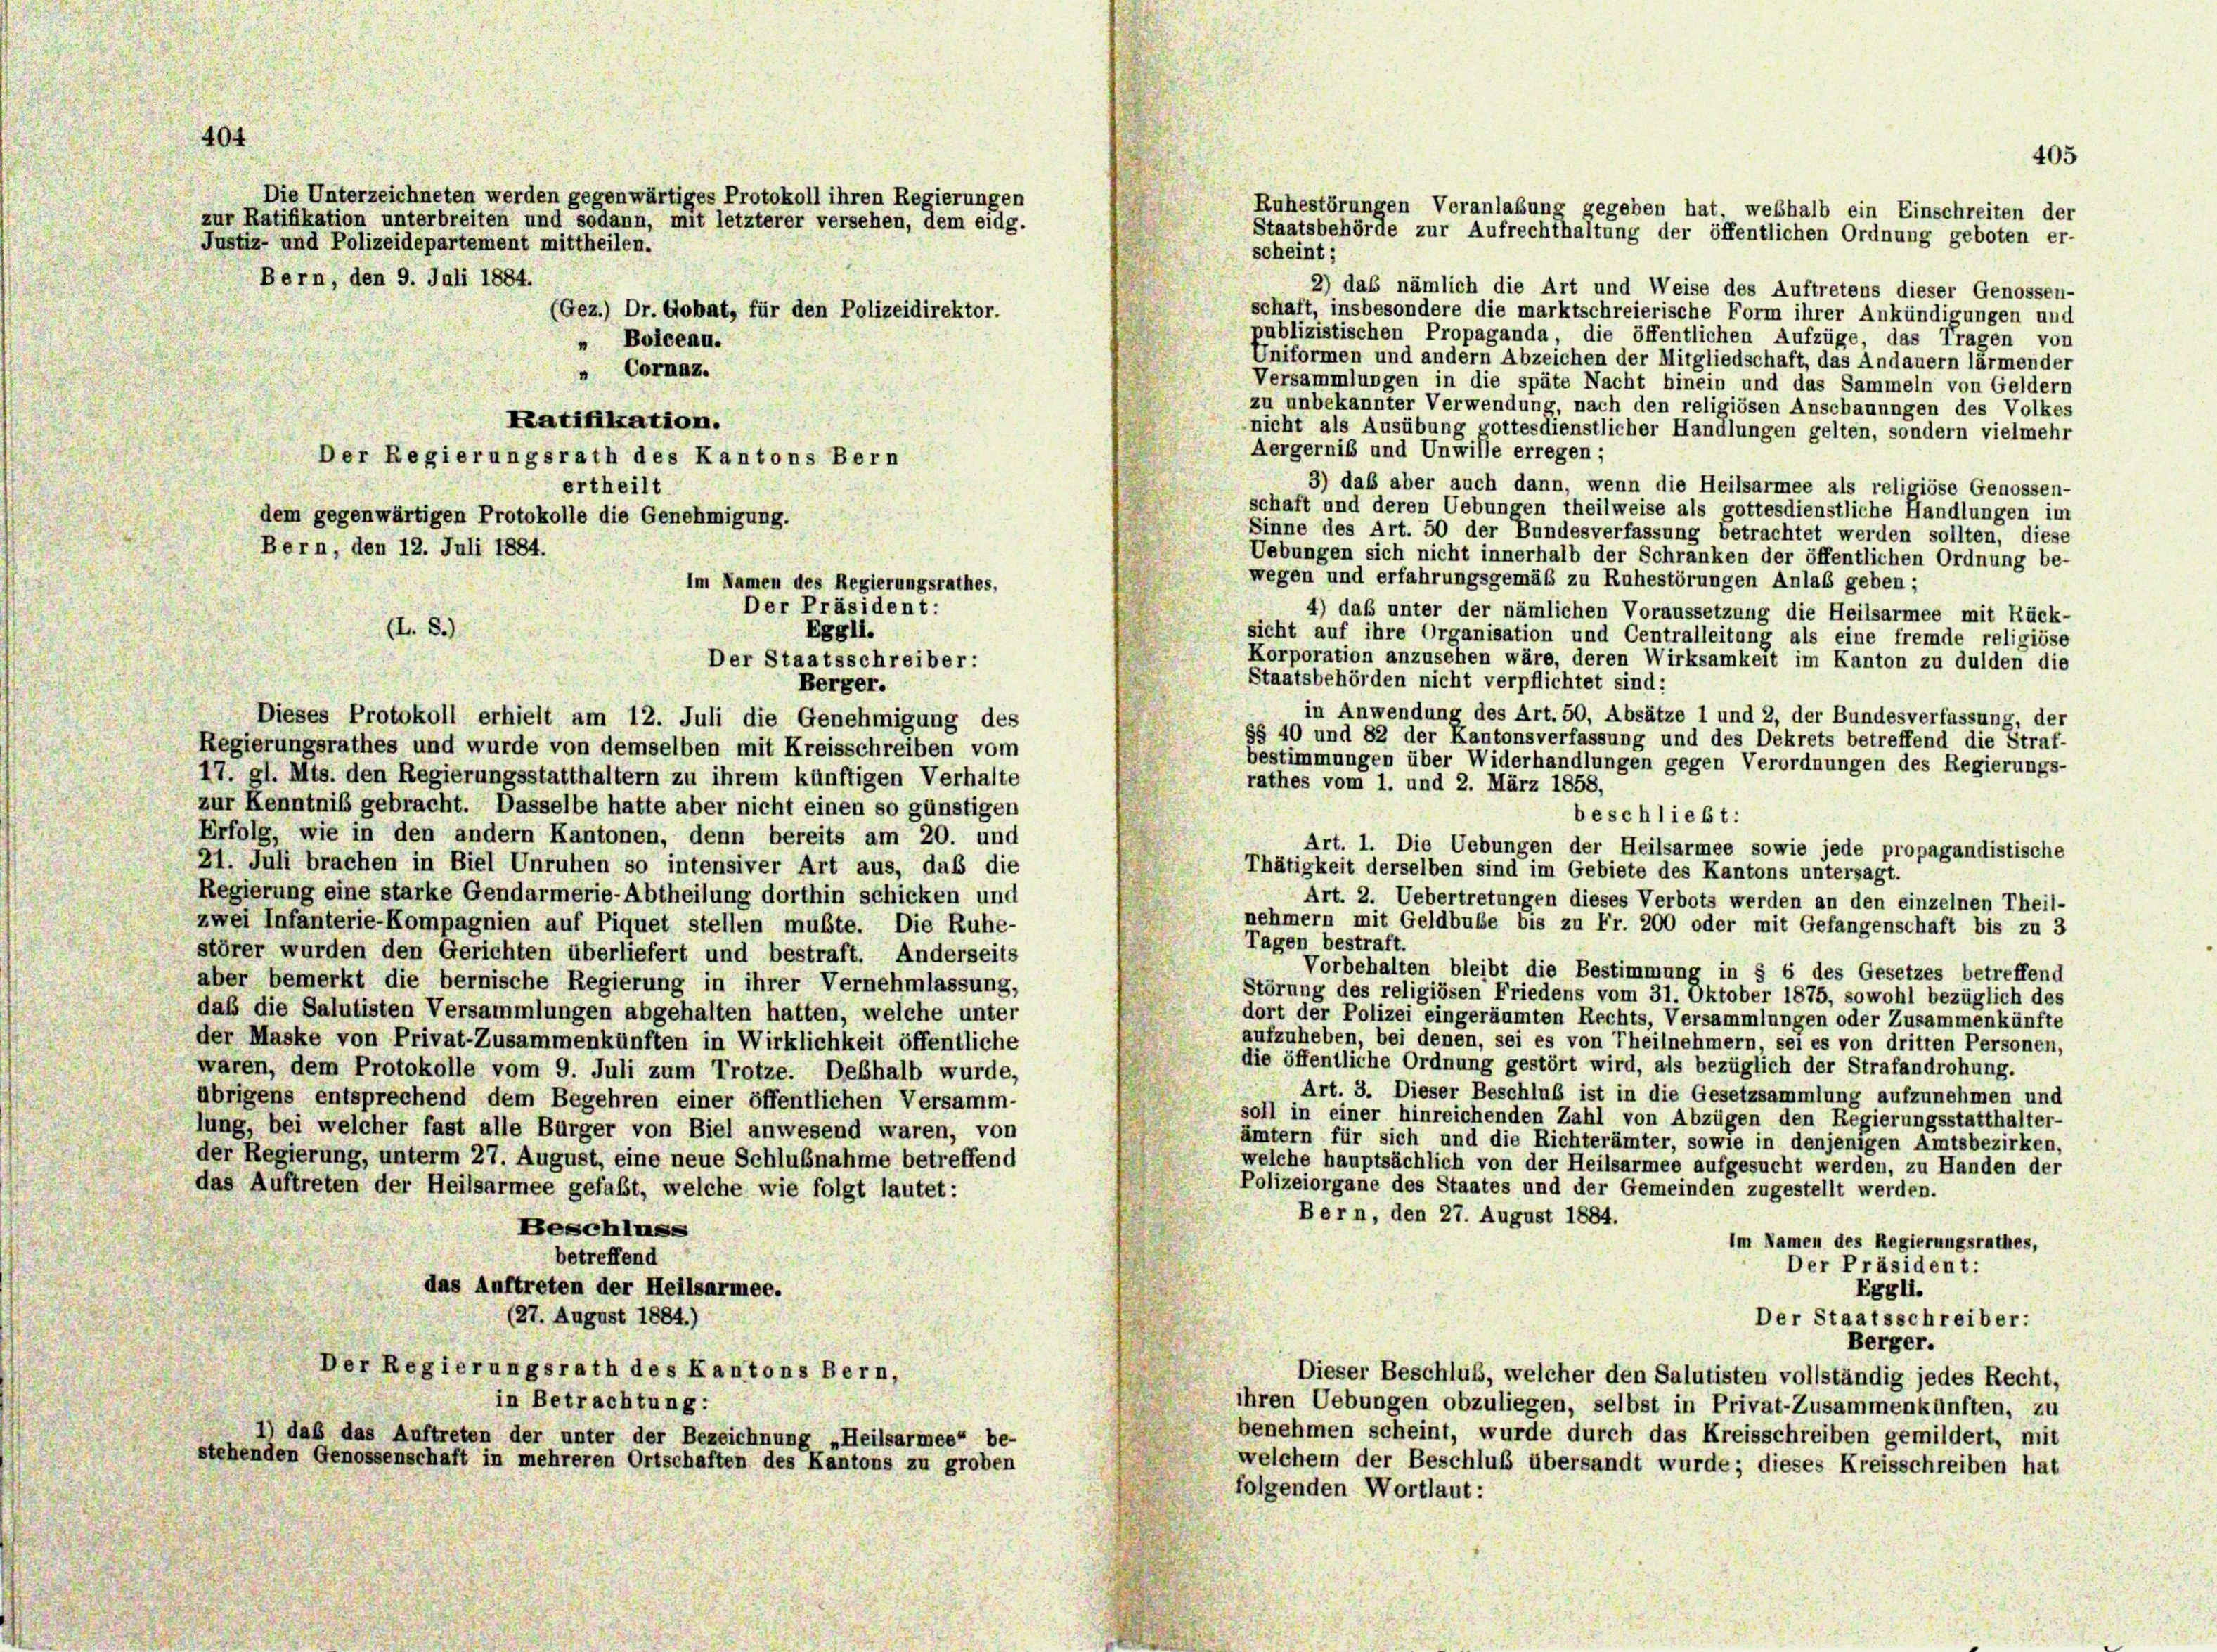
40.

scheint;
2) das nämlich die Art und Weise des Auftretens dieser Genossen-
schaft, insbesondere die marktschreierische Form ihrer Ankündigungen und
publizistischen Propaganda, die öffentlichen Aufzüge, das Tragen von
Uniformen und andern Abzeichen der Mitgliedschaft, das Andauern lärmender
Versammlungen in die späte Nacht hinein und das Sammeln von Geldern
zu unbekannter Verwendung, nach den religiösen Anschauungen des Volkes
nicht als Ausübung gottesdienstlicher Handlungen gelten, sondern vielmehr
Aergernis und Unwille erregen;
3) daß aber auch dann, wenn die Heilsarmee als religiöse Genossen-
schaft und deren Uebungen theilweise als gottesdienstliche Handlungen im
dem gegenwärtigen Protokolle die Genehmigung.
Sinne des Art. 50 der Bundesverfassung betrachtet werden sollten, diese
Bern, den 12. Juli 1884.
Uebungen sich nicht innerhalb der Schranken der öffentlichen Ordnung be-
wegen und erfahrungsgemäß zu Ruhestörungen Anlaß geben;
4) daß unter der nämlichen Voraussetzung die Heilsarmee mit Rück-
Eggli.
sicht auf ihre Organisation und Centralleitung als eine fremde religiöse
Korporation anzusehen wäre, deren Wirksamkeit im Kanton zu dulden die
Der Staatsschreiber:
Staatsbehörden nicht verpflichtet sind:
Berger.
in Anwendung des Art. 50, Absätze 1 und 2, der Bundesverfassung, der
Dieses Protokoll erhielt am 12. Juli die Genehmigung des
§§ 40 und 82 der Kantonsverfassung und des Dekrets betreffend die Straf-
Regierungsrathes und wurde von demselben mit Kreisschreiben vom
bestimmungen über Widerhandlungen gegen Verordnungen des Regierungs-
17. gl. Mts. den Regierungsstatthaltern zu ihrem künftigen Verhalte
rathes vom 1. und 2. März 1858,
zur Kenntniß gebracht. Dasselbe hatte aber nicht einen so günstigen
beschließt:
Erfolg, wie in den andern Kantonen, denn bereits am 20. und
Art. 1. Die Uebungen der Heilsarmee sowie jede propagandistische
21. Juli brachen in Biel Unruhen so intensiver Art aus, daß die
Thätigkeit derselben sind im Gebiete des Kantons untersagt.
Regierung eine starke Gendarmerie-Abtheilung dorthin schicken und
Art. 2. Uebertretungen dieses Verbots werden an den einzelnen Theil-
nehmern mit Geldbuße bis zu Fr. 200 oder mit Gefangenschaft bis zu 3
zwei Infanterie-Kompagnien auf Piquet stellen mußte. Die Ruhe-
Tagen bestraft.
störer wurden den Gerichten überliefert und bestraft. Anderseits
Vorbehalten bleibt die Bestimmung in § 6 des Gesetzes betreffend
aber bemerkt die bernische Regierung in ihrer Vernehmlassung,
Störung des religiösen Friedens vom 31. Oktober 1875, sowohl bezüglich des
daß die Salutisten Versammlungen abgehalten hatten, welche unter
dort der Polizei eingeräumten Rechts, Versammlungen oder Zusammenkünfte
aufzuheben, bei denen, sei es von Theilnehmern, sei es von dritten Personen,
der Maske von Privat-Zusammenkünften in Wirklichkeit öffentliche
die öffentliche Ordnung gestört wird, als bezüglich der Strafandrohung.
waren, dem Protokolle vom 9. Juli zum Trotze. Deshalb wurde,
Art. 3. Dieser Beschluß ist in die Gesetzsammlung aufzunehmen und
übrigens entsprechend dem Begehren einer öffentlichen Versamm-
soll in einer hinreichenden Zahl von Abzügen den Regierungsstatthalter-
lung, bei welcher fast alle Bürger von Biel anwesend waren, von
ämtern für sich und die Richterämter, sowie in denjenigen Amtsbezirken
der Regierung, unterm 27. August, eine neue Schlußnahme betreffend
welche hauptsächlich von der Heilsarmee aufgesucht werden, zu Handen der
Polizeiorgane des Staates und der Gemeinden zugestellt werden.
das Auftreten der Heilsarmee gefaßt, welche wie folgt lautet:
Bern, den 27. August 1884.
Beschluss
Im Namen des Regierungsrathes,
betreffend
Der Präsident:
das Auftreten der Heilsarmee.
Eggli.
(27. August 1884.)
Der Staatsschreiber:
Berger.
Der Regierungsrath des Kantons Bern,
Dieser Beschluß, welcher den Salutisten vollständig jedes Recht,
in Betrachtung:
ihren Uebungen obzuliegen, selbst in Privat-Zusammenkünften, zu
benehmen scheint, wurde durch das Kreisschreiben gemildert, mit
daß das Auftreten der unter der Bezeichnung „Heilsarmee“ be-
stehenden Genossenschaft in mehreren Ortschaften des Kantons zu groben
welchem der Beschluß übersandt wurde; dieses Kreisschreiben hat
folgenden Wortlaut:

Justiz- und Polizeidepartement mittheilen.
Bern, den 9. Juli 1884.

(L.8.)

(Gez.) Dr. Gobat, für den Polizeidirektor.
„ Boiceau.
" Cornaz.
Ratifikation.
Der Regierungsrath des Kantons Bern
ertheilt

Die Unterzeichneten werden gegenwärtiges Protokoll ihren Regierungen
zur Ratifikation unterbreiten und sodann, mit letzterer versehen, dem eidg.

Der Präsident:

Im Namen des Regierungsrathes,

405
Ruhestörungen Veranlaßung gegeben hat, weshalb ein Einschreiten der
Staatsbehörde zur Aufrechthaltung der öffentlichen Ordnung geboten er-